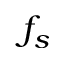
f _ { s }